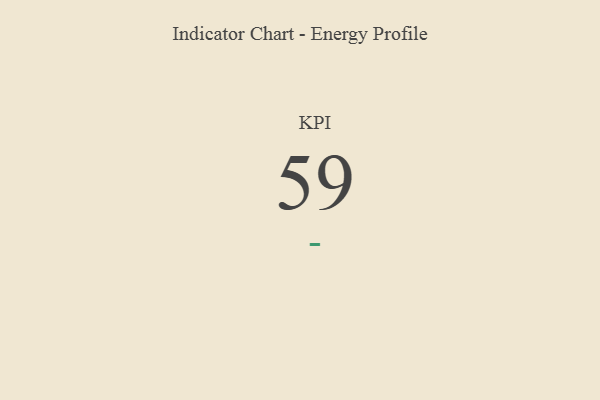
{"axis": {"x": "KPI", "y": "Value"}, "legend": [""], "data": [{"x": "KPI", "y": 59, "type": ""}]}